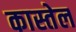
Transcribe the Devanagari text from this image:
कास्तेल